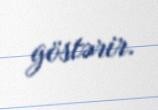
göstərir.